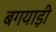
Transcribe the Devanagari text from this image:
बगयाड़ी